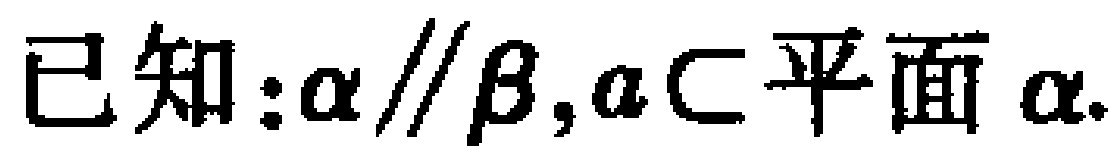
已知：\(\alpha\parallel\beta,a\subset 平面\ \alpha\)